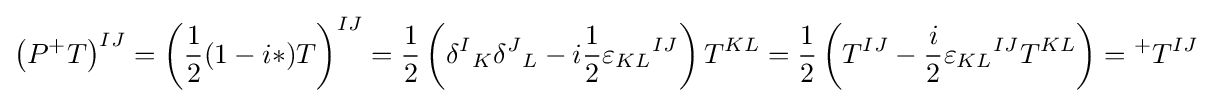
\left(P^{+}T\right)^{IJ}=\left({1 \over 2}(1-i*)T\right)^{IJ}={1 \over 2}\left({\delta ^{I}}_{K}{\delta ^{J}}_{L}-i{1 \over 2}{\varepsilon _{KL}}^{IJ}\right)T^{KL}={1 \over 2}\left(T^{IJ}-{i \over 2}{\varepsilon _{KL}}^{IJ}T^{KL}\right)={}^{+}T^{IJ}